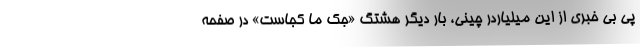
پی بی خبری از این میلیاردر چینی، بار دیگر هشتگ «جک ما کجاست» در صفحه